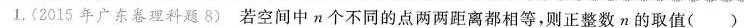
1.(2015年广东卷理科题8)若空间中n个不同的点两两距离都相等，则正整数n的取值( )